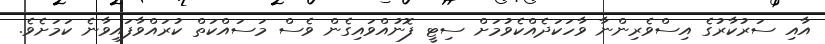
އާއި ސަރުކާރުގެ އިސްވެރިންނާ ވާހަކަދެއްކެވުމަށް ސިޓީ ފޮނުއްވައިގެން ވެސް މަސައްކަތް ކުރައްވާފައިވާނެ ކަމަށެެވެ.